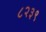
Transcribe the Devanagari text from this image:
८२३९